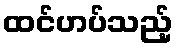
ထင်ဟပ်သည့်